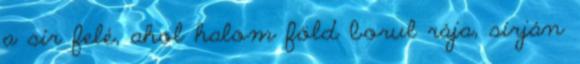
a sír felé, ahol halom föld borul rája, sírján